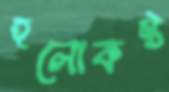
হলোকস্ট